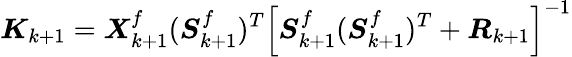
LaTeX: \boldsymbol{K}_{k+1}=\boldsymbol{X}_{k+1}^{f}(\boldsymbol{S}_{k+1}^{f})^{T}\left[\boldsymbol{S}_{k+1}^{f}(\boldsymbol{S}_{k+1}^{f})^{T}+\boldsymbol{R}_{k+1}\right]^{-1}